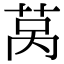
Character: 莴